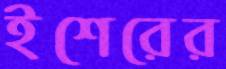
ইশেরের